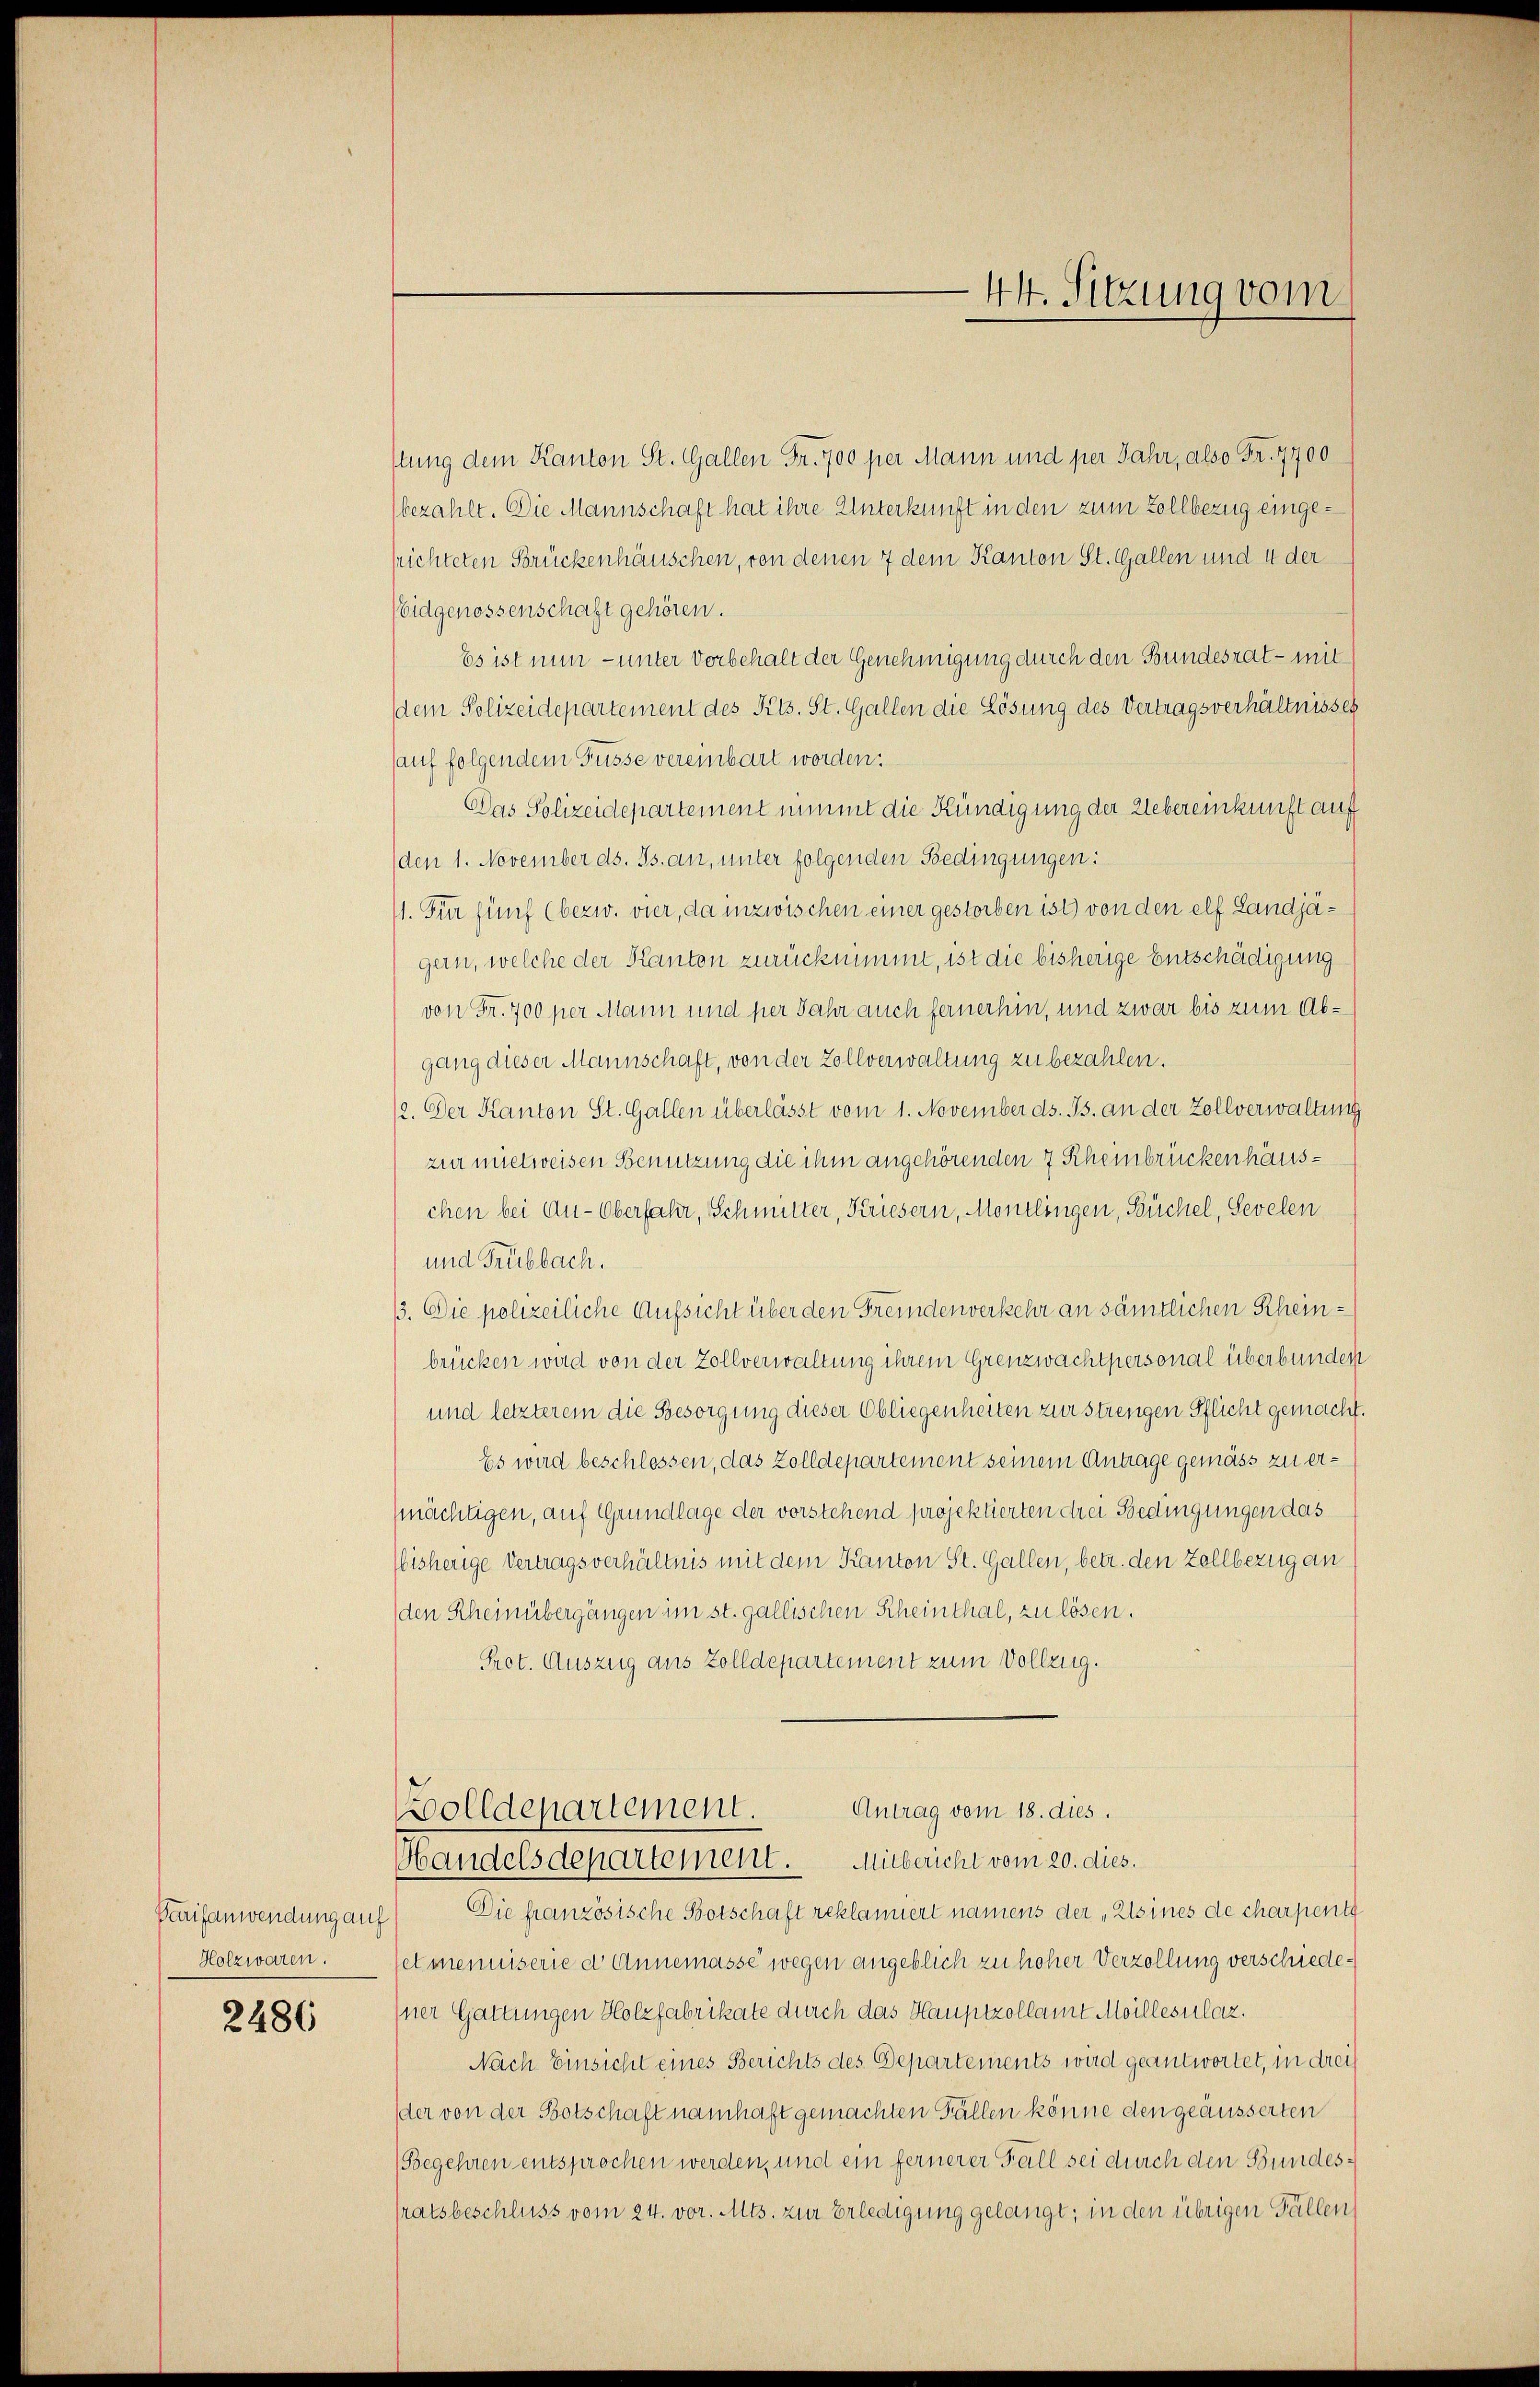
Holzwaren.

2486

stung dem Kanton St. Gallen Fr. 700 per Mann und per Jahr, also Fr. 7700
bezahlt. Die Mannschaft hat ihre Unterkunft in den zum Zollbezug eingesrichteten Brückenhäuschen, von denen 7 dem Kanton St. Gallen und 4 der
eidgenossenschaft gehören.
Es ist nun - unter Vorbehalt der Genehmigung durch den Bundesrat - mit
dem Polizeidepartement des Kts. St. Gallen die Lösung des Vertragsverhältnisses
sauf folgendem Füsse vereinbart worden.
Das Polizeidepartement nimmt die Kündigung der Uebereinkunft auf
(den 1. November ds. Js. an, unter folgenden Bedingungen:
11. Für fünf (bezw. vier, da inzwischen einer gestorben ist) von den elf Landjägern, welche der Kanton zurücknimmt, ist die bisherige Entschädigung
von Fr. 700 per Mann und per Jahr auch fernerhin, und zwar bis zum Abgang dieser Mannschaft, von der Zollverwaltung zu bezahlen.
12. Der Kanton St. Gallen überlässt vom 1. November ds. Js. an der Zollverwaltung
zur mietweisen Benutzung die ihm angehörenden 7 Rheinbrückenhäuschen bei Au-Oberfahr, Schmitter, Kriesern, Monilingen, Büchel, Sevelen
und Trübbach.
13. Die polizeiliche Aufsicht über den Fremdenverkehr an sämtlichen Rheinbrücken wird von der Zollverwaltung ihrem Grenzwachtpersonal überbunden
und letzterem die Besorgung dieser Obliegenheiten zur strengen Pflicht gemacht.
Es wird beschlossen, das Zolldepartement seinem Antrage gemäss zu ermächtigen, auf Grundlage der vorstehend projektierten drei Bedingungen das
bisherige Vertragsverhältnis mit dem Kanton St. Gallen, betr. den Zollbezug an
den Rheinübergängen im st. gallischen Rheinthal, zu lösen.
Pret. Auszug aus Zolldepartement zum Vollzug.
Antrag vom 18. dies.
olldepartement.
Handelsdepartement. Mitbericht vom 20. dies.
Tarifanwendung auf Die französische Botschaft reklamiert namens der „Alsines de charpentt
setmenniserie d Annemasse wegen angeblich zu hoher Verzollung verschiedesner Gattungen Holzfabrikate durch das Hauptzollamt Meillesilaz.
Nach Einsicht eines Berichts des Departements wird geantwortet, in drei
der von der Botschaft namhaft gemachten Fällen könne den geäusserten
Begehren entsprochen werden, und ein fernerer Fall sei durch den Bundessratsbeschluss vom 24. vor. Mts. zur Erledigung gelangt; in den übrigen Fällen

44. Sitzung vom